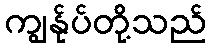
ကျွန်ုပ်တို့သည်